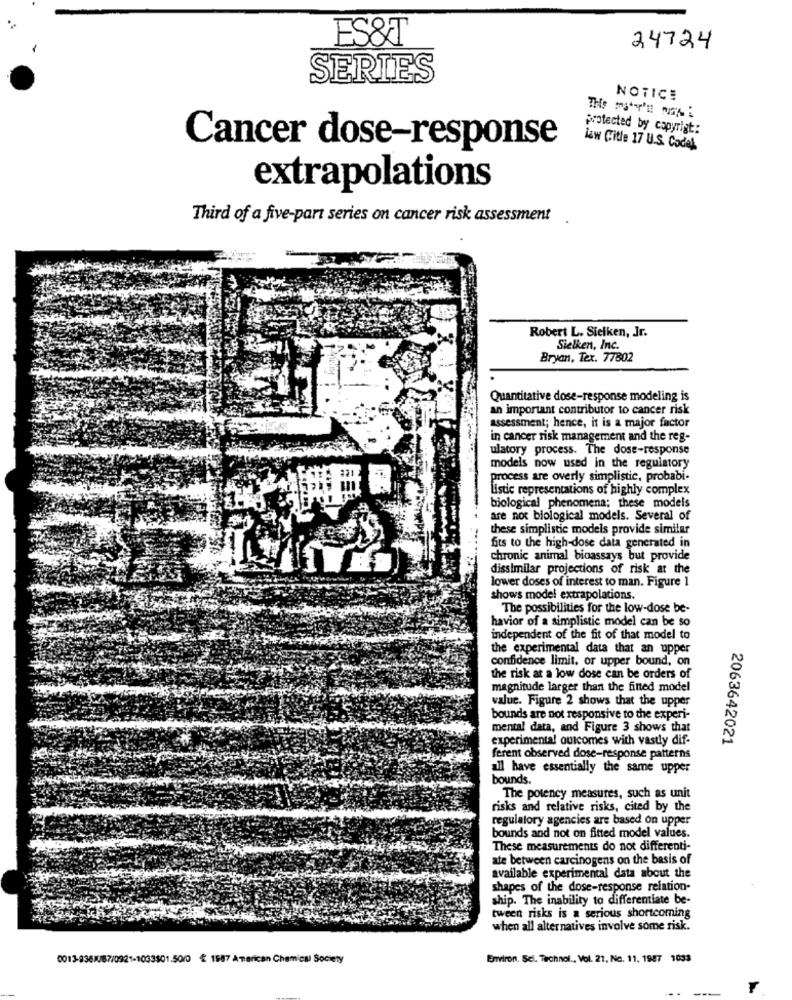
ES&T
24724
SERIES
NOTICE
protected by copyrigt:
Cancer dose-response
low Citle 17 U.S. Codel
extrapolations
Third of a five-part series on cancer risk assessment
Robert L. Sielken, Jr.
Sielken, Inc.
Bryan, Tex. 77802
Quantitative dose-response modeling is
an important contributor to cancer risk
assessment; hence, it is a major factor
in cancer risk management and the reg-
ulatory process. The dose-response
models now used in the regulatory
process are overly simplistic, probabi-
listic representations of highly complex
biological phenomena; these models
are not biological models. Several of
these simplistic models provide similar
fits to the high-dose data generated in
chronic animal bioassays but provide
dissimilar projections of risk at the
lower doses of interest to man. Figure 1
shows model extrapolations.
The possibilities for the low-dose be-
havior of a simplistic model can be so
independent of the fit of that model to
the experimental data that an upper
confidence limit, or upper bound, on
the risk at a low dose can be orders of
magnitude larger than the fined model
value. Figure 2 shows that the upper
bounds are not responsive to the experi-
mental data, and Figure 3 shows that
experimental outcomes with vastly dif-
2063642021
ferent observed dose-response patterns
all have essentially the same upper
bounds.
The potency measures, such as unit
risks and relative risks, cited by the
regulatory agencies are based on upper
bounds and not on fitted model values.
These measurements do not differenti-
ate between carcinogens on the basis of
available experimental data about the
shapes of the dose-response relation-
ship. The inability to differentiate be-
tween risks is a serious shortcoming
when all alternatives involve some risk.
0013-83610/67/0921-1033$01.50/0 € 1587 American Chemical Society
Environ. Sci. Technol ., Vol. 21, No. 11, 1987 1033